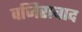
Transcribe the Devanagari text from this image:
वजिराबाद